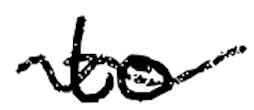
Text: to
Cross-out: wave
Writing tool: digital_black